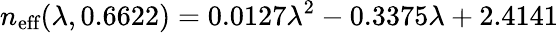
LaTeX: n_{\textrm{eff}}(\lambda,0.6622)=0.0127\lambda^{2}-0.3375\lambda+2.4141